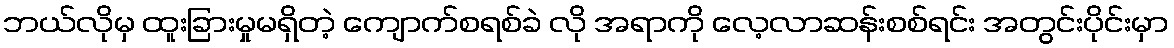
ဘယ်လိုမှ ထူးခြားမှုမရှိတဲ့ ကျောက်စရစ်ခဲ လို အရာကို လေ့လာဆန်းစစ်ရင်း အတွင်းပိုင်းမှာ